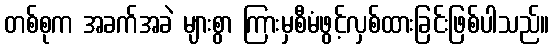
တစ်စုက အခက်အခဲ များစွာ ကြားမှစီမံဖွင့်လှစ်ထားခြင်းဖြစ်ပါသည်။